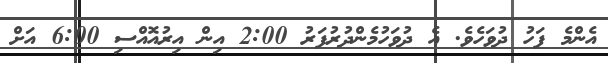
އެންމެ ފަހު ދުވަހެވެ. އެ ދުވަހުމެންދުރުފަރު 2:00 އިން އިރުއޮއްސި 6:00 އަށް